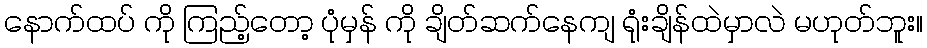
နောက်ထပ် ကို ကြည့်တော့ ပုံမှန် ကို ချိတ်ဆက်နေကျ ရုံးချိန်ထဲမှာလဲ မဟုတ်ဘူး။